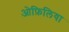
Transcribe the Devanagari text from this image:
ओफ़िलिया